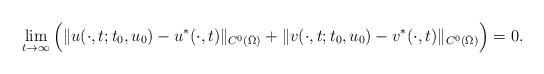
LaTeX: \begin{align*} \lim_{t \to \infty}\Big(\|u(\cdot,t;t_0,u_0)-u^*(\cdot,t)\|_{C^0(\bar\Omega)}+\|v(\cdot,t;t_0,u_0)-v^*(\cdot,t)\|_{C^0(\bar\Omega)}\Big)=0. \end{align*}